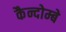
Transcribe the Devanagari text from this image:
कैन्दोम्बे